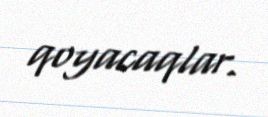
qoyacaqlar.